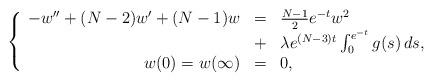
LaTeX: \begin{align*}\left\{ \begin{array}{rcl}-w'' + (N-2)w' + (N-1)w &=& \frac{N-1}{2} e^{-t} w^2 \\&+& \lambda e^{(N-3)t} \int_0^{e^{-t}} g(s) \, ds, \\w( 0)=w(\infty) &=& 0,\end{array}\right.\end{align*}